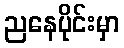
ညနေပိုင်းမှာ